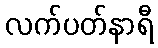
လက်ပတ်နာရီ